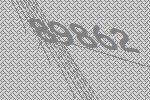
89862